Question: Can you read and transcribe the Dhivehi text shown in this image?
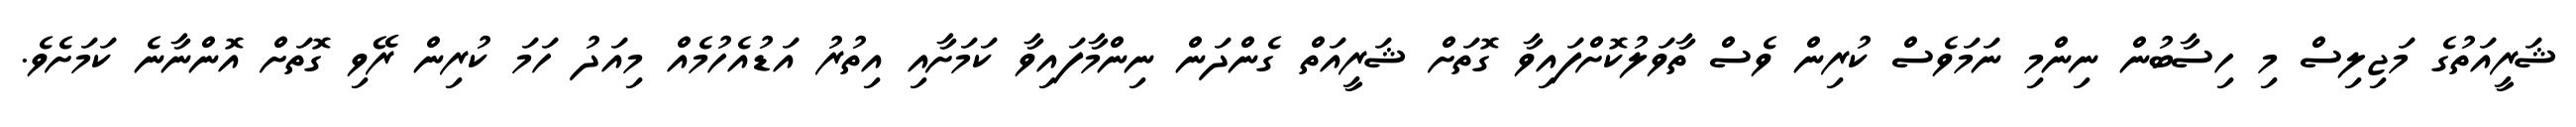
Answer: ޝަރީއަތުގެ މަޖިލިސް މި ހިސާބުން ނިންމި ނަމަވެސް ކުރިން ވެސް ތާވަލުކޮށްފައިވާ ގޮތަށް ޝަރީއަތް ގެންދަން ނިންމާފައިވާ ކަމަށާއި އިތުރު އަޑުއެހުމެއް މިއަދު ހަމަ ކުރިން ރޭވި ގޮތަށް އޮންނާނެ ކަމަށެވެ.